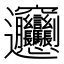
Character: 𰻞